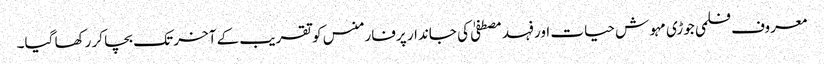
معروف فلمی جوڑی مہوش حیات اور فہد مصطفیٰ کی جاندار پرفارمنس کو تقریب کے آخر تک بچا کر رکھا گیا۔